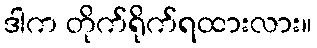
ဒါက တိုက်ရိုက်ရထားလား။